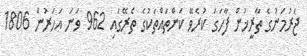
ޖަރުމަނުގެ ތާރީޚުން ފާހަގަ ކުރެވޭ ކަންތައްތަކުގެ ތެރޭގައި 962 ވަނަ އަހަރުން 1806